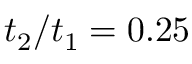
t _ { 2 } / t _ { 1 } = 0 . 2 5